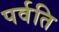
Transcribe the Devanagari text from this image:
पर्वति